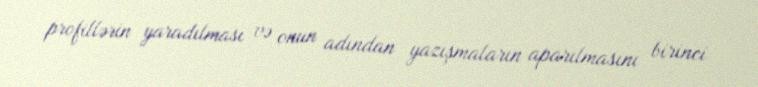
profillərin yaradılması və onun adından yazışmaların aparılmasını birinci